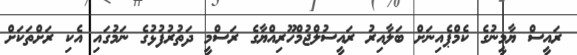
ރައީސް ޔާމީނުގެ ކެމްޕެއިނަށް ބަލާއިރު ރައީސުލްޖުމްހޫރިއްޔާގެ ރަސްމީ ދަތުރުފުޅުގެ ނަމުގައި އެކި ރަށްތަކަށް